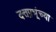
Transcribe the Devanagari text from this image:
दत्तप्रभूंच्या